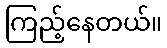
ကြည့်နေတယ်။